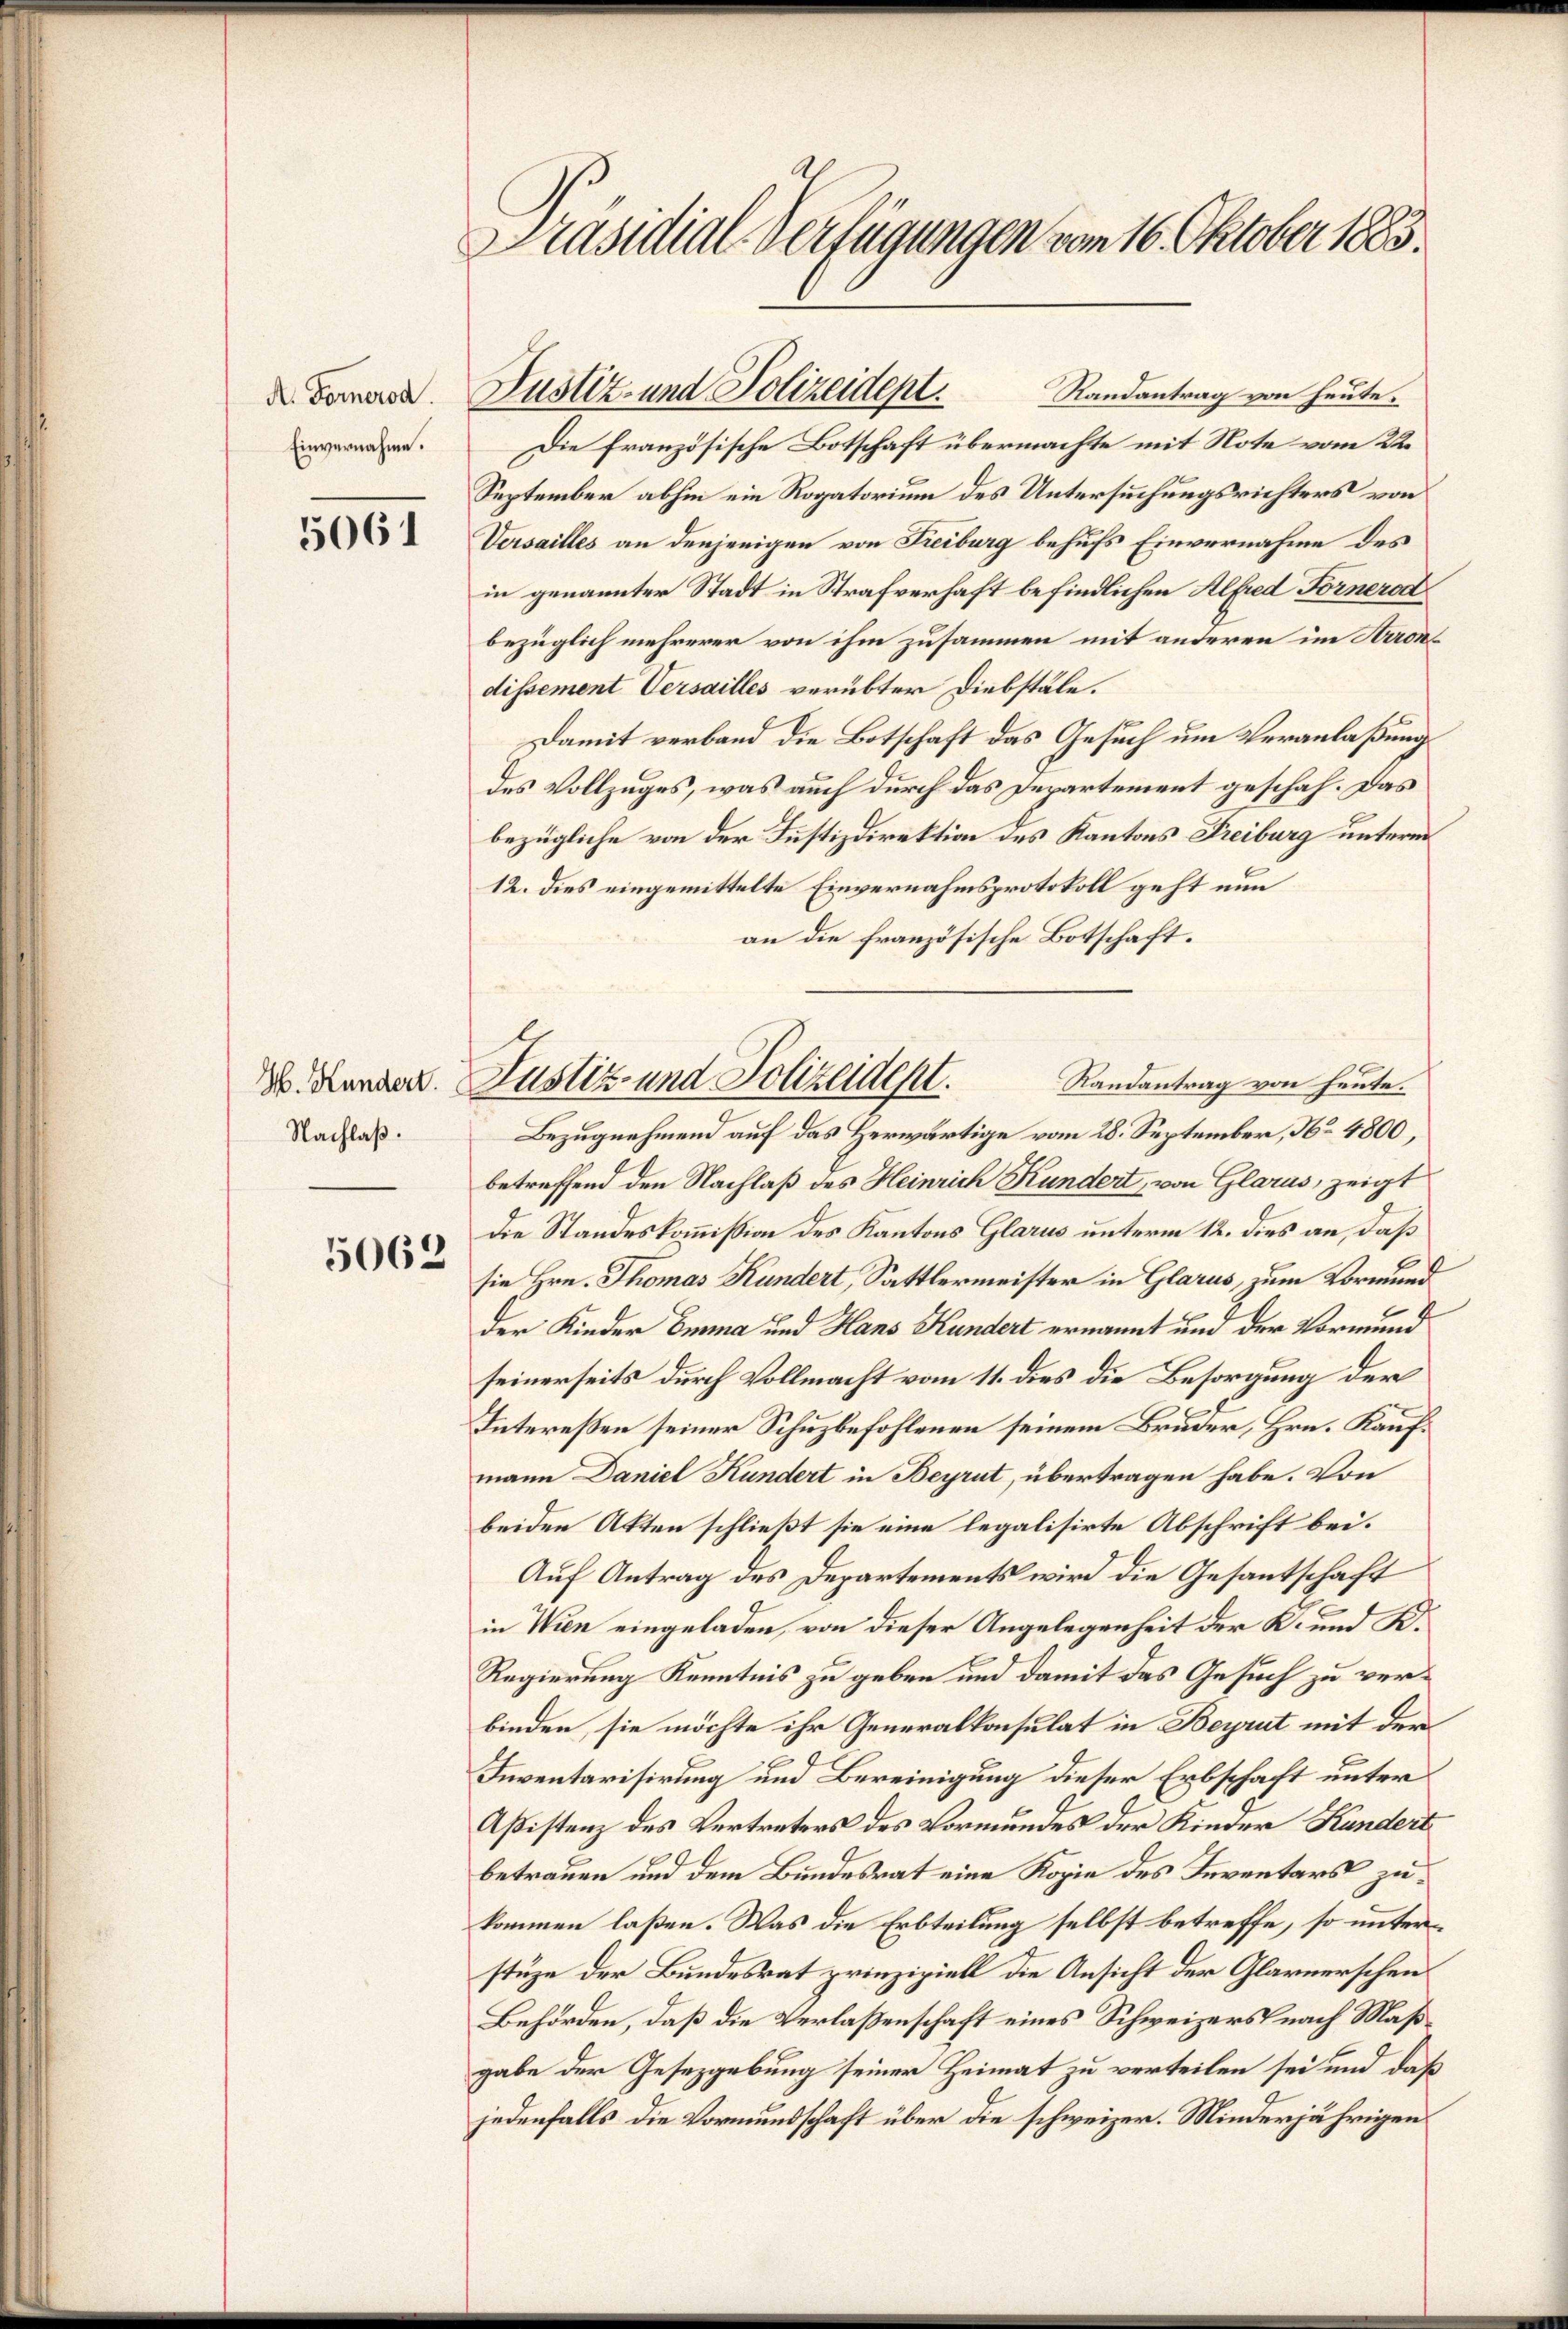
A. Fornerod.
Einvernahme.

5061

Nachlaß.

5062

d
Präsidial-Verfügungen vom 16. Oktober 1883.

Randantrag von heute.
Die französische Botschaft übermachte mit Note vom 22.
September abhin ein Rogatorium des Untersuchungsrichters von
Versailles an denjenigen von Freiburg behufs Einvernahme des
in genannter Stadt in Strafverhaft befindlichen Alfred Fornerod
bezüglich mehrerer von ihm zusammen mit anderen im Arrondissement Versailles verübter Diebstäle.
Damit verband die Botschaft das Gesuch um Veranlaßung
des Vollzuges, was auch durch das Departement geschah. Das
bezügliche von der Justizdirektion des Kantons Freiburg unterm
12. dies eingemittelte Einvernahmsprotokoll geht nun
an die französische Botschaft.
Randantrag von heute.
Bezugnehmend auf das Herwärtige vom 28. September, No 4800,
betreffend den Nachlaß des Heinrich Kundert, von Glarus, zeigt
Die Standeskommission des Kantons Glarus unterm 12. dies an, daß
sie Hrn. Thomas Kundert, Sattlermeister in Glarus, zum Vormund
der Kinder Emma und Hans Kundert ernannt und der Vormund
seinerseits durch Vollmacht vom 11. dies die Besorgung der
Intereßen seiner Schuzbefohlenen seinem Bruder, Hrn. Kaufmann Daniel Kundert in Beyrut, übertragen habe. Von
beiden Akten schließt sie eine legalisirte Abschrift bei.
Auf Antrag des Departements wird die Gesantschaft
in Wien eingeladen, von dieser Angelegenheit der K. und K.
Regierung Kenntnis zu geben und damit das Gesuch zu verbinden, sie möchte ihr Generalkonsulat in Beyrut mit der
Inventarisirung und Bereinigung dieser Erbschaft unter
Aßistenz des Vertreters des Vormundes der Kinder Kandert
betrauen und dem Bundesrat eine Kopie des Inventars zukommen laßen. Was die Erbteilung selbst betreffe, so unterstüze der Bundesrat prinzipiell die Ansicht der Glarnerschein
Behörden, daß die Verlaßenschaft eines Schweizers nach Maßgabe der Gesetzgebung seiner Heimat zu verteilen sei und daß
jedenfalls die Vormundschaft über die schweizer. Minderjährigen

Justiz- und Polizeidept.

d. Hander Justiz- und Polizeident.